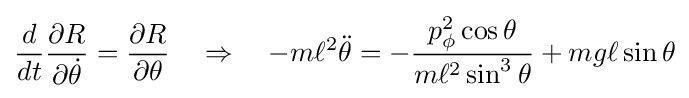
{\frac {d}{dt}}{\frac {\partial R}{\partial {\dot {\theta }}}}={\frac {\partial R}{\partial \theta }}\quad \Rightarrow \quad -m\ell ^{2}{\ddot {\theta }}=-{\frac {p_{\phi }^{2}\cos \theta }{m\ell ^{2}\sin ^{3}\theta }}+mg\ell \sin \theta